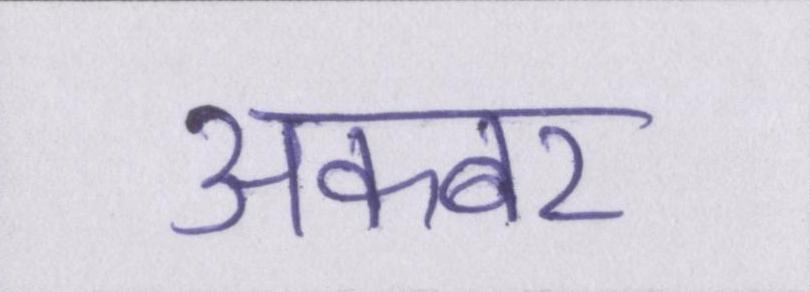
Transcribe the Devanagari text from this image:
अकबर